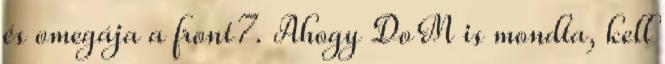
és omegája a front7. Ahogy DoM is mondta, kell